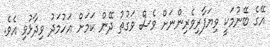
އޭގެ ބޭނުމަކީ ވިޔަފާރިވެރިންނަށް ވެސް ވަގުތު ދޭން ކަމަށް އަހުމަދު ވިދާޅުވި އެވެ.